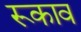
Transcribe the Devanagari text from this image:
रूकाव